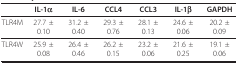
<table><thead><tr><td></td><td><b>IL-1α</b></td><td><b>IL-6</b></td><td><b>CCL4</b></td><td><b>CCL3</b></td><td><b>IL-1β</b></td><td><b>GAPDH</b></td></tr></thead><tbody><tr><td>TLR4M</td><td>27.7 ± 0.10</td><td>31.2 ± 0.40</td><td>29.3 ± 0.76</td><td>28.1 ± 0.13</td><td>24.6 ± 0.06</td><td>20.2 ± 0.09</td></tr><tr><td>TLR4W</td><td>25.9 ± 0.08</td><td>26.4 ± 0.46</td><td>26.2 ± 0.15</td><td>23.2 ± 0.06</td><td>21.6 ± 0.25</td><td>19.1 ± 0.06</td></tr></tbody></table>